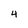
Character: 4